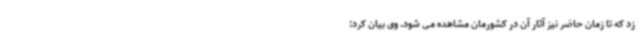
زد که تا زمان حاضر نیز آثار آن در کشورمان مشاهده می شود. وی بیان کرد: